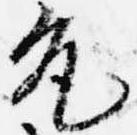
允